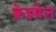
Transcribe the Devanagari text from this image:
क्रेइसेल